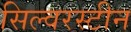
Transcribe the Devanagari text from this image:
सिल्वरस्टीन